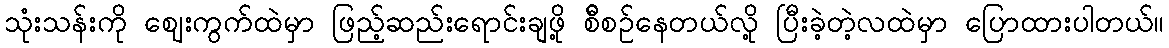
သုံးသန်းကို ဈေးကွက်ထဲမှာ ဖြည့်ဆည်းရောင်းချဖို့ စ်ီစဉ်နေတယ်လို့ ပြီးခဲ့တဲ့လထဲမှာ ပြောထားပါတယ်။